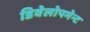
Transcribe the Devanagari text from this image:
डिवेलोपमेन्ट